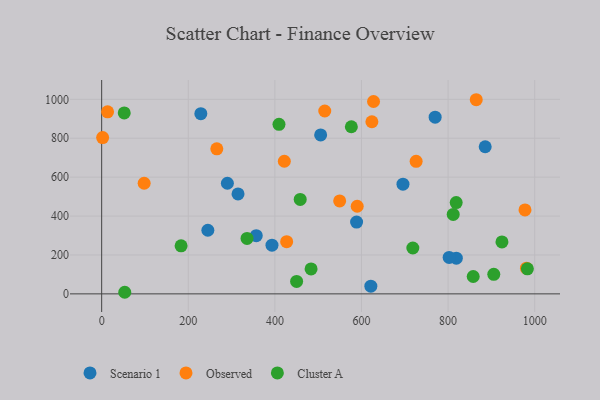
{"axis": {"x": "Investment", "y": "Demand"}, "legend": ["Cluster A", "Observed", "Scenario 1"], "data": [{"x": "695.8", "y": 563.9, "type": "Scenario 1"}, {"x": "621.6", "y": 39.5, "type": "Scenario 1"}, {"x": "393.3", "y": 250.5, "type": "Scenario 1"}, {"x": "770.1", "y": 908.4, "type": "Scenario 1"}, {"x": "245.2", "y": 326.9, "type": "Scenario 1"}, {"x": "290.3", "y": 568.6, "type": "Scenario 1"}, {"x": "314.9", "y": 513.9, "type": "Scenario 1"}, {"x": "885.7", "y": 756.3, "type": "Scenario 1"}, {"x": "229.0", "y": 926.2, "type": "Scenario 1"}, {"x": "819.0", "y": 183.5, "type": "Scenario 1"}, {"x": "357.0", "y": 299.3, "type": "Scenario 1"}, {"x": "588.7", "y": 369.1, "type": "Scenario 1"}, {"x": "802.4", "y": 187.4, "type": "Scenario 1"}, {"x": "505.7", "y": 816.9, "type": "Scenario 1"}, {"x": "98.1", "y": 568.7, "type": "Observed"}, {"x": "627.8", "y": 988.7, "type": "Observed"}, {"x": "265.9", "y": 745.6, "type": "Observed"}, {"x": "549.6", "y": 477.9, "type": "Observed"}, {"x": "865.0", "y": 997.9, "type": "Observed"}, {"x": "977.6", "y": 431.6, "type": "Observed"}, {"x": "2.2", "y": 803.2, "type": "Observed"}, {"x": "515.2", "y": 939.9, "type": "Observed"}, {"x": "13.6", "y": 935.9, "type": "Observed"}, {"x": "427.2", "y": 268.2, "type": "Observed"}, {"x": "421.8", "y": 681.6, "type": "Observed"}, {"x": "624.0", "y": 884.8, "type": "Observed"}, {"x": "590.1", "y": 450.3, "type": "Observed"}, {"x": "981.0", "y": 131.9, "type": "Observed"}, {"x": "726.2", "y": 681.3, "type": "Observed"}, {"x": "409.5", "y": 871.3, "type": "Cluster A"}, {"x": "52.1", "y": 930.0, "type": "Cluster A"}, {"x": "858.0", "y": 89.4, "type": "Cluster A"}, {"x": "483.6", "y": 128.0, "type": "Cluster A"}, {"x": "53.3", "y": 8.2, "type": "Cluster A"}, {"x": "818.7", "y": 469.2, "type": "Cluster A"}, {"x": "718.6", "y": 235.8, "type": "Cluster A"}, {"x": "924.4", "y": 266.9, "type": "Cluster A"}, {"x": "335.7", "y": 285.0, "type": "Cluster A"}, {"x": "458.5", "y": 485.5, "type": "Cluster A"}, {"x": "983.1", "y": 128.6, "type": "Cluster A"}, {"x": "905.5", "y": 100.4, "type": "Cluster A"}, {"x": "450.2", "y": 64.2, "type": "Cluster A"}, {"x": "183.4", "y": 246.9, "type": "Cluster A"}, {"x": "811.8", "y": 408.6, "type": "Cluster A"}, {"x": "576.6", "y": 859.0, "type": "Cluster A"}]}